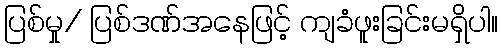
ပြစ်မှု/ ပြစ်ဒဏ်အနေဖြင့် ကျခံဖူးခြင်းမရှိပါ။